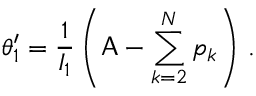
\theta _ { 1 } ^ { \prime } = \frac { 1 } { I _ { 1 } } \left( \mathsf { A } - \sum _ { k = 2 } ^ { N } p _ { k } \right) \, .